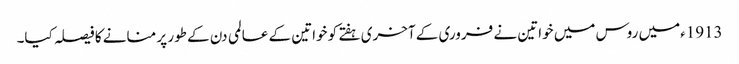
1913ءمیں روس میں خواتین نے فروری کے آخری ہفتے کو خواتین کے عالمی دن کے طور پر منانے کا فیصلہ کیا۔